Annual vaccination report of Bihar and Orissa - 1911-1928
Year: 1911
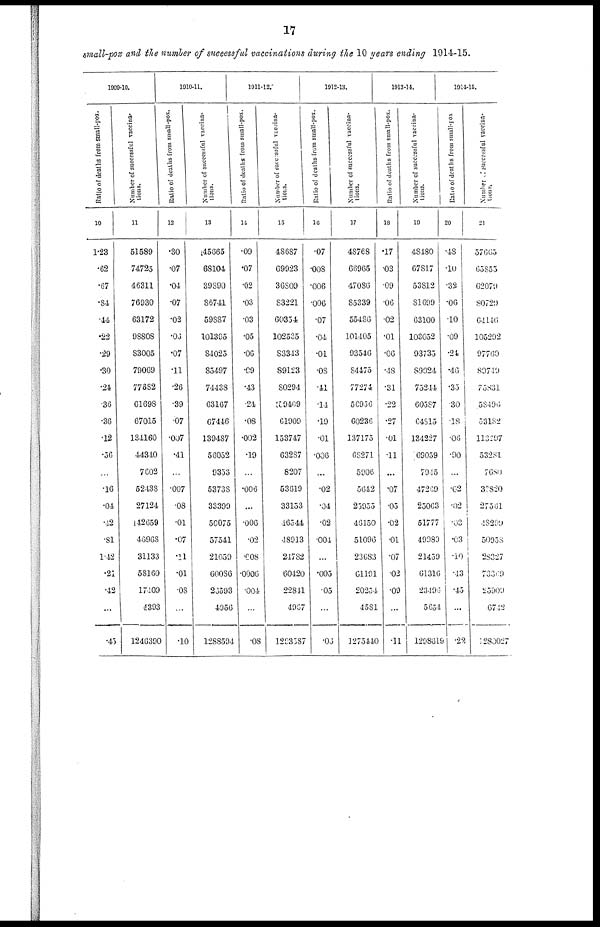
17
small-pox and the number of successful vaccinations during the 10 years ending 1914-15.
1909-10.
Ratio of deaths from small-pox.
10
1.23
.62
.67
.84
.44
.22
.29
.30
.24
.36
.36
.12
.06
...
.16
.04
.12
.81
1.42
.21
.42
...
.45
Number of successful vaccina-
tions.
11
51589
74725
46311
76930
63172
98808
83005
79069
77682
61698
67015
134160
44340
7602
52438
27124
42659
46968
31133
58160
17409
4393
1246390
1910-11.
Ratio of deaths from small-pox.
12
.30
.07
.04
.07
.02
.06
.07
.11
.26
.39
.07
.007
.41
...
.007
.08
.01
.07
.11
.01
.08
...
.10
Number of successful vaccina-
tions.
13
45665
68104
39890
86741
59887
101395
84025
85497
74438
63167
67446
139487
56052
9353
53738
33399
50075
57541
21059
60086
2,3593
4356
1288594
1911-12.
Ratio of deaths from small-pox.
14
.09
.07
.02
.03
.03
.05
.06
.09
.43
.24
.08
.002
.19
...
.006
...
.006
.02
.008
.0006
.004
...
.08
Number of successful vaccina-
tions.
15
48587
69923
36809
83221
60354
102535
83343
89123
80294
59409
61909
153747
63287
8207
53619
33153
46544
48913
24782
60420
22841
4967
1203587
1912-13.
Ratio of deaths from small-pox.
16
.07
.008
.006
.006
.07
.04
.01
.08
.41
.14
.19
.01
.006
...
.02
.04
.02
.004
...
.005
.05
...
.06
Number of successful vaccina¬
tions.
17
48768
66965
47086
85339
55486
101405
93546
84475
77274
56956
60236
137175
68271
5906
5642
25955
46150
51096
23683
61191
20254
4581
1275440
1913-14.
Ratio of deaths from small-pox.
18
.17
.03
.09
.06
.02
.01
.06
.48
.31
.22
.27
.01
.11
...
.07
.05
.02
.01
.07
.02
.09
...
.11
Number of successful vaccina-
tions.
19
48480
67817
53812
81699
63100
103052
93735
89024
75244
60587
64815
134227
69059
7945
47269
25063
51777
49989
21459
61316
23496
5654
1298619
1914-15.
Ratio of deaths from small-pox
20
.48
.10
.32
.06
.10
.09
.24
.46
.35
.30
.18
.06
.90
...
.02
.02
.03
.03
.10
.43
.45
...
.22
Number of successful vaccina-
tions.
21
57665
65855
62079
80729
64146
105292
97760
89749
75831
.58496
53182
113197
53281
7680
32820
27561
48299
50938
28327
73369
23900
6742
280027